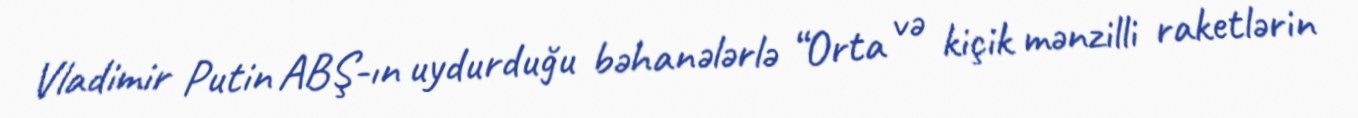
Vladimir Putin ABŞ-ın uydurduğu bəhanələrlə “Orta və kiçik mənzilli raketlərin